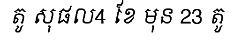
តូ សុផល4 ខែ មុន 23 តូ